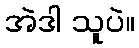
အဲဒါ သူပဲ။